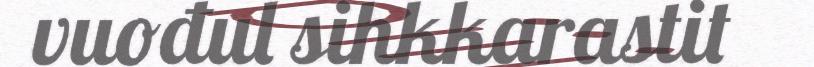
vuođul sihkkarastit